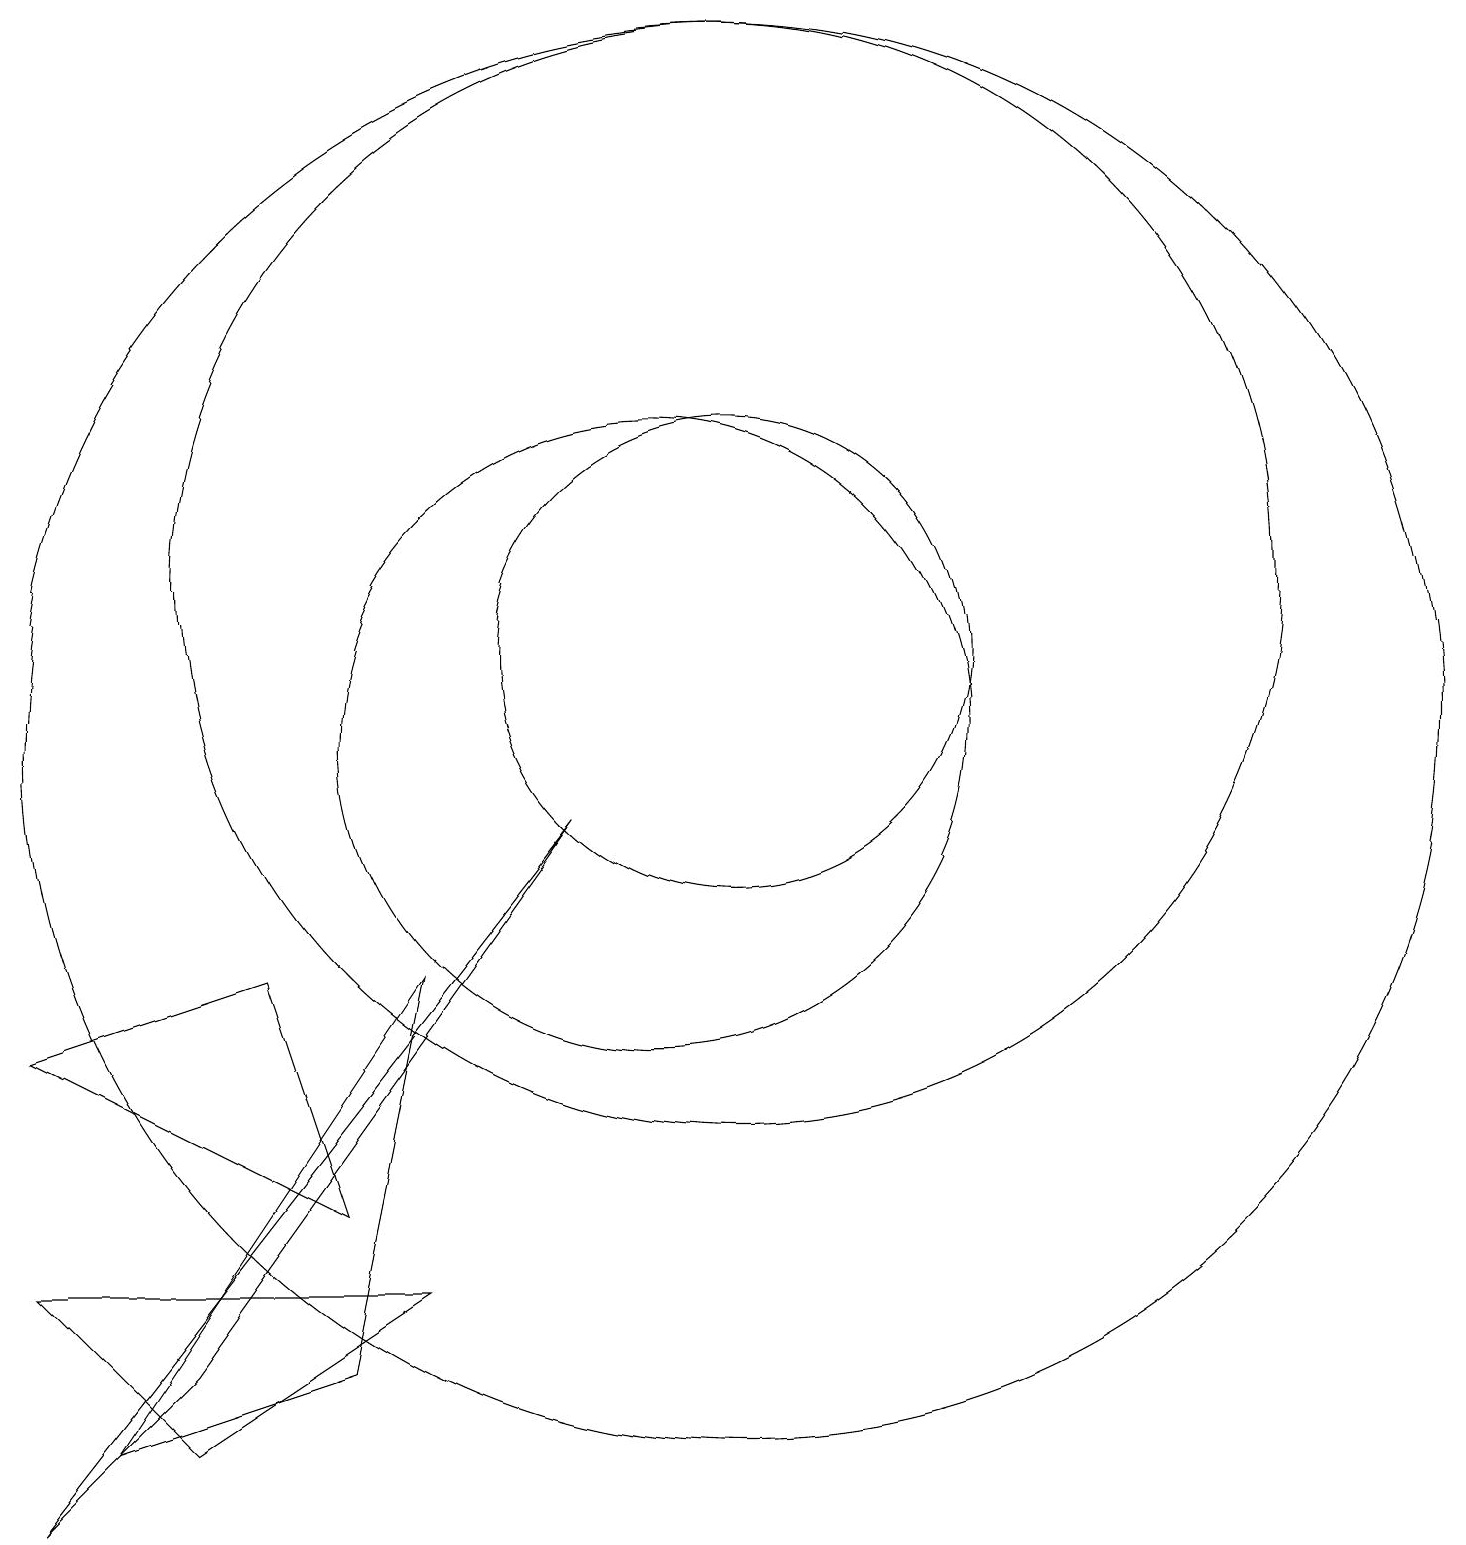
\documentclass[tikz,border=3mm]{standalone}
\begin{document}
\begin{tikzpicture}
\draw (2,0) -- (4,2) -- (9,9) -- cycle;
\draw (11,11) circle (3);
\draw (6,4) -- (2,6) -- (5,7) -- cycle;
\draw (11,12) circle (7);
\draw (6,2) -- (3,1) -- (7,7) -- cycle;
\draw (11,10) circle (9);
\draw (10,10) circle (4);
\draw (2,3) -- (4,1) -- (7,3) -- cycle;
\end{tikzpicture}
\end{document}